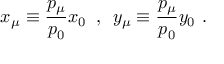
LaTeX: x _ { \mu } \equiv \frac { p _ { \mu } } { p _ { 0 } } x _ { 0 } \, \, \, , \, \, \, y _ { \mu } \equiv \frac { p _ { \mu } } { p _ { 0 } } y _ { 0 } \, \, .